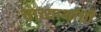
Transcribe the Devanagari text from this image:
वाच्यार्थाची